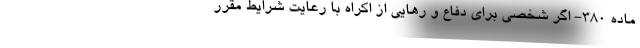
ماده ۳۸۰- اگر شخصی برای دفاع و رهایی از اکراه با رعایت شرایط مقرر